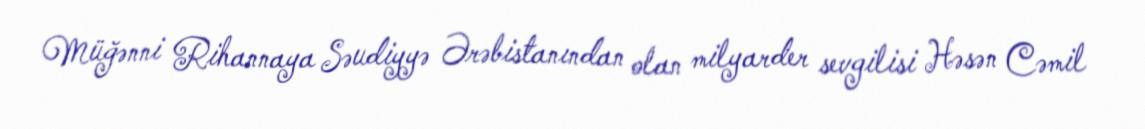
Müğənni Rihannaya Səudiyyə Ərəbistanından olan milyarder sevgilisi Həsən Cəmil